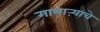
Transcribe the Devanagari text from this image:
गाभाऱ्याचे